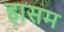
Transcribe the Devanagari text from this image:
हासम